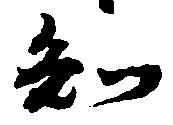
知